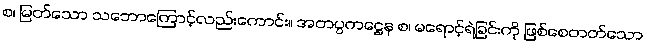
စ၊ မြတ်သော သဘောကြောင့်လည်းကောင်း။ အတပ္ပကဋ္ဌေန စ၊ မရောင့်ရဲခြင်းကို ဖြစ်စေတတ်သော